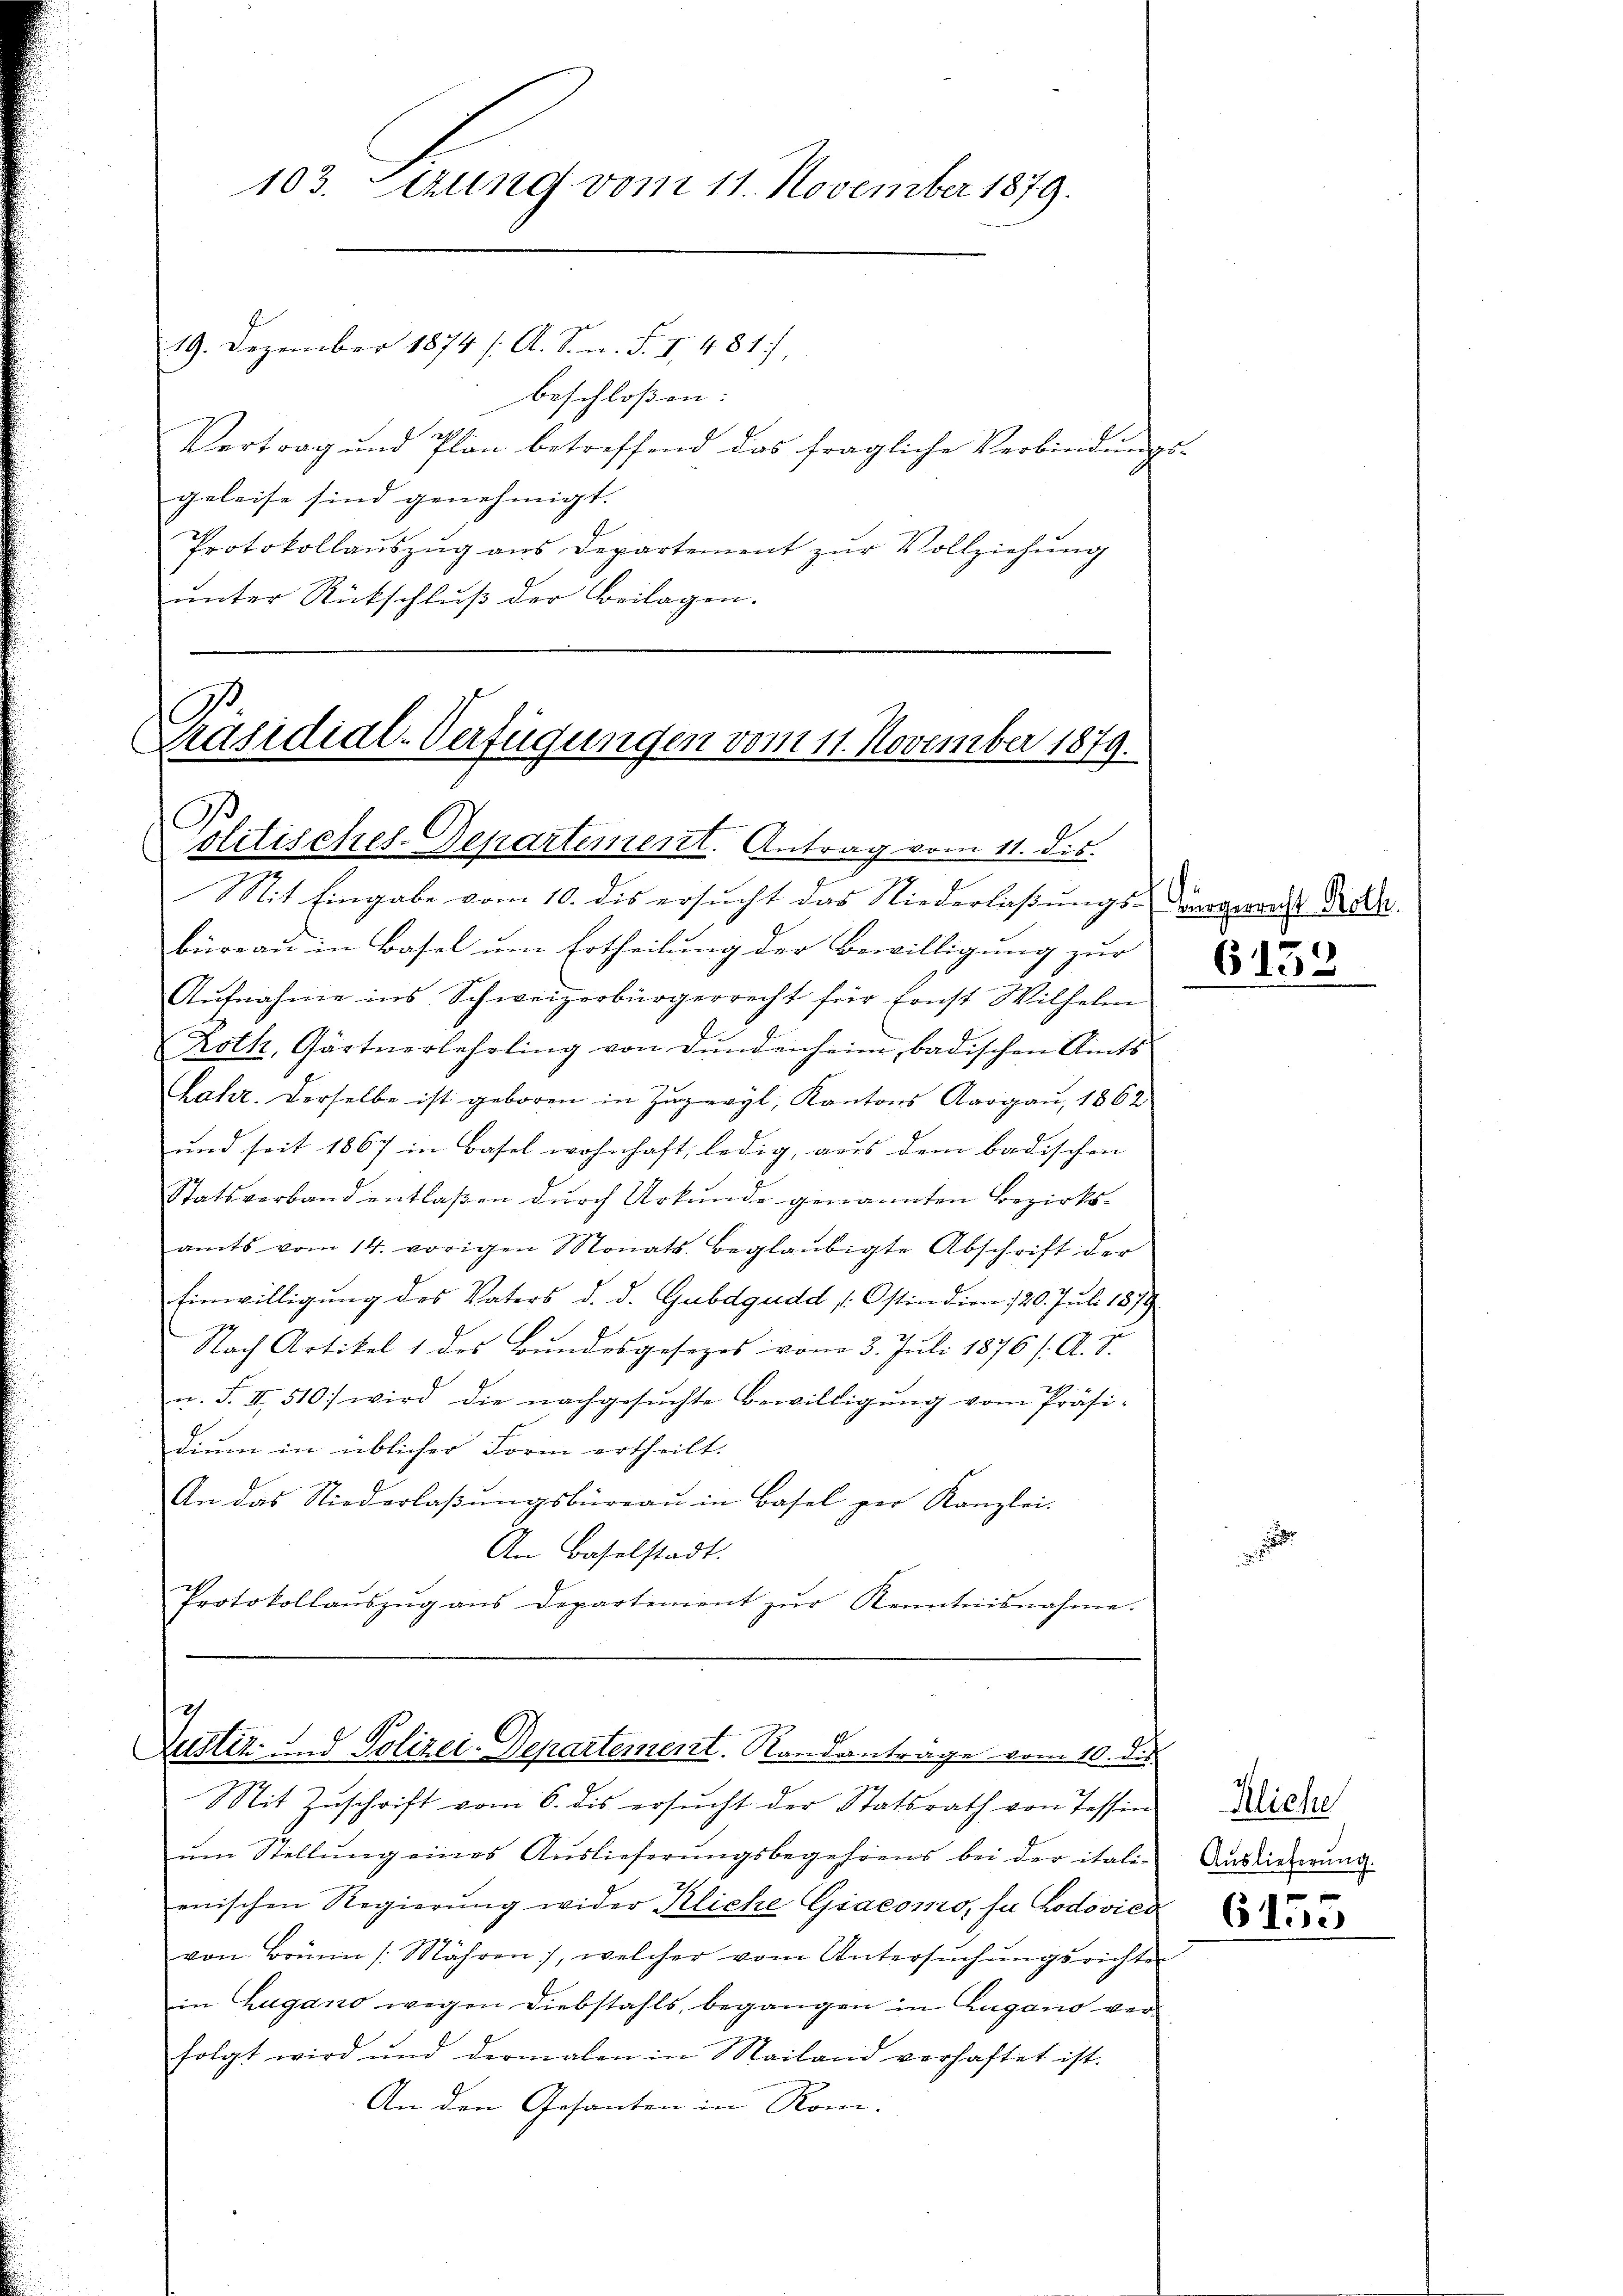
103. Serung vom 11. November 1879.

Präsidial-Verfügungen vom 11. November 1879.
Politisches-Departement. Antrag vom 11. dis

19. Dezember 1874 s. A. S. n. F. I 481,
beschloßen:
Vertrag und Plan betreffend das fragliche Verbindŭngs-
geleise sind genehmigt.
Protokollauszug aus Departement zur Vollziehung
ŭnter Rückschlŭβ der Beilagen.

7
Mit Eingabe vom 10. des ersŭcht das Niederlaβŭngs-Vergerrecht Bade
büreau in Basel um Ertheilung der Bewilligung zur
Aŭfnahme ins Schweizerbürgerrecht für sonst Wilhelm
E.
Roth, Gärtnerlehrling von Bundenheim, badischen Amts
Lahr. Derselbe ist geboren in Zugeryl, Kantons Aargau, 1862
und seit 1867 in Basel wohnhaft, ledig, aus dem badischen
Statsverband entlaßen durch Urkunde genannten Bezirksamts vom 14. vorigen Monats Beglaubigte Abschrift der
Einwilligung des Vaters d. d. Gubdgudd Ostindien 120. Juli 1879
Nach Artikel 1 des Bundesgesezes vom 3. Juli 1876 /: A. S.
u. F. II 510) wird die nachgesŭchte Bewilligŭng vom Präsi-
dium in üblicher Form ertheilt.
An das Niederlaβŭngsbüreaŭ in Basel per Kanzlei-
An Baselstadt.
Protokollaŭszŭg ans Departement zŭr Kenntnisnahme.

7
Zustiz und Polizei-Departement. Randantrage vom 10. dis

Mit Zuschrift vom 6. dis ersŭcht der Statsrath von Tessin
ŭm Stellŭng eines Auslieferŭngsbegehrens bei der itali-
enischen Regierŭng wider Kliche Giacomo, sa rodovich
von Brünn /: Mähren, welcher vom Untersŭchŭngsrichter
in Zugano wegen Diebstahls, begangen in Zugano verfolgt wird und dermalen in Mailand verhaftet ist.
An den Gesanten in Rom

6132

Kliche
Auslieferung.